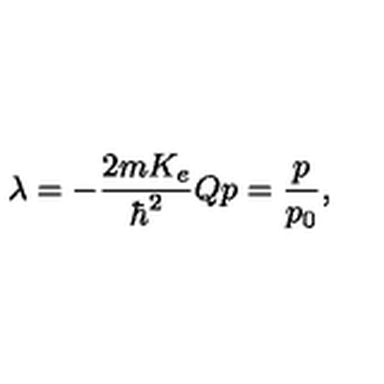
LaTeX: \lambda = - \frac { 2 m K _ { e } } { \hbar ^ { 2 } } { Q p } = \frac { p } { p _ { 0 } } ,